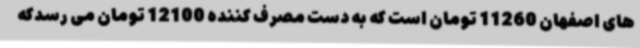
های اصفهان 11260 تومان است که به دست مصرف کننده 12100 تومان می رسدکه